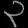
Digit: ၃